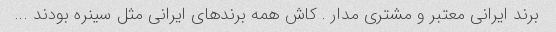
برند ایرانی معتبر و مشتری مدار . کاش همه برندهای ایرانی مثل سینره بودند ...